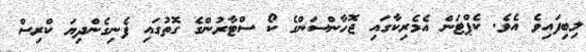
ލިބިފައިވެ އެވެ. ކެޕްޓަން އެމެރިކާގައި ޖޮހާންސަންގެ ކޯ ސްޓާރުންގެ ގޮތުގައި ފެނިގެންދިޔަ ކްރިސް